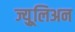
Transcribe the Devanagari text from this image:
ज्युूलिअन